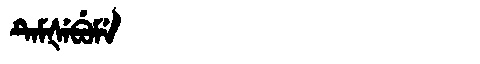
Manchu: ᡨᡝᠮᡧᡝᠪᡠᠮᡝ
Romanization: TEMŠEBUME